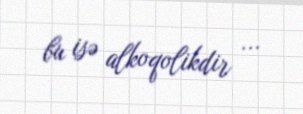
bu isə alkoqolikdir ...